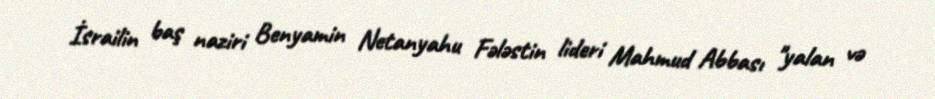
İsrailin baş naziri Benyamin Netanyahu Fələstin lideri Mahmud Abbası "yalan və